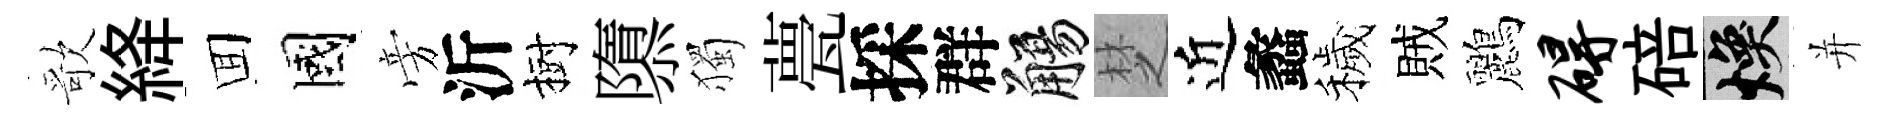
歌絳囬國旁沂樹隳獨甍採群觴椘近蠡穢賊鸝碍碚焕并